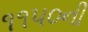
૧૧૫૦ની